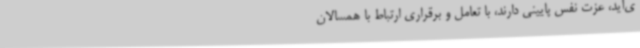
ی‌آید، عزت نفس پایینی دارند، با تعامل و برقراری ارتباط با همسالان